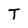
Character: T